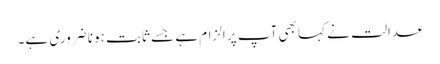
عدالت نے کہا بھی آپ پر الزام ہے جسے ثابت ہونا ضروری ہے۔